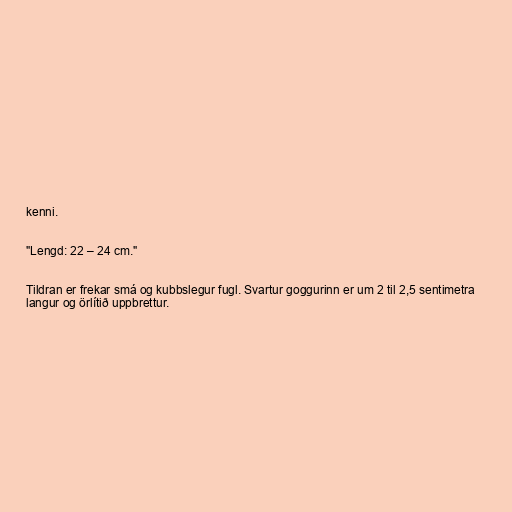
kenni.

"Lengd: 22 – 24 cm."

Tildran er frekar smá og kubbslegur fugl. Svartur goggurinn er um 2 til 2,5 sentimetra
langur og örlítið uppbrettur.